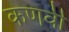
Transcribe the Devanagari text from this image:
कणवी